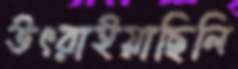
উৎরাইয়াছিলি